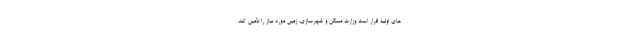
های اولیه قرار است وزارت مسکن و شهرسازی، زمین مورد نیاز را تأمین کند